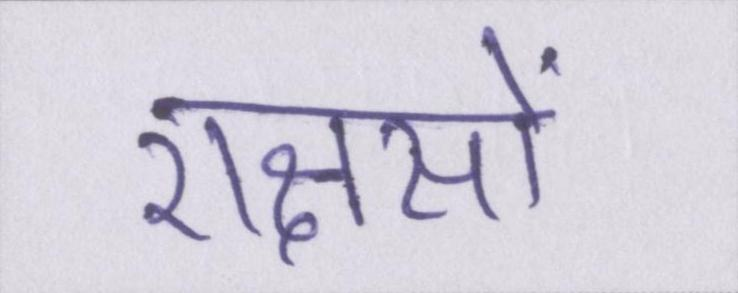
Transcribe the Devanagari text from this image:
राक्षसों